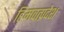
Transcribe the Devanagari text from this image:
हिमवत्प्रदेश